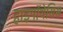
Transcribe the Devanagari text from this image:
हाइपॉथेसिस